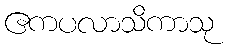
ဧကပလာသိကာသု